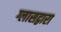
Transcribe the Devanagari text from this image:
ग्लासद्वारा